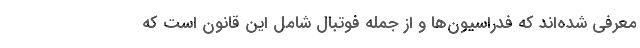
معرفی شده‌اند که فدراسیون‌ها و از جمله فوتبال شامل این قانون است که